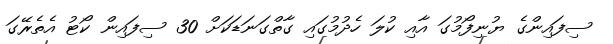
ސިފައިންގެ ޔުނިފޯމުގަ އާއި ކުލަ ހެދުމުގައި ގާތްގަނަޑަކަށް 30 ސިފައިން ކޯޓު އެތެރޭގަ